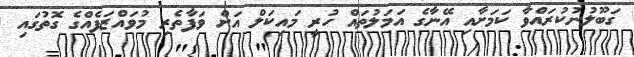
ގަބޫލުނުކުރައްވާ ކަމަށާއި އޭނާގެ އަމަލުތައް ހުރީ މައިކަލް އަށް ވަފާތެރި މުވައްޒަފެއްގެ ގޮތުގައި